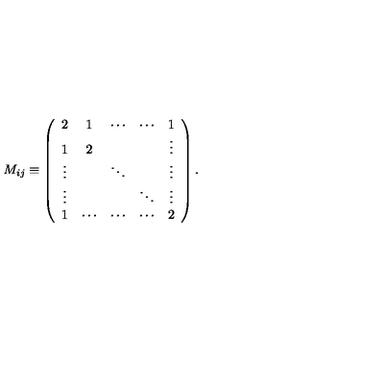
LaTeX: M _ { i j } \equiv \left( \begin{array} { c c c c c } { 2 } & { 1 } & { \cdots } & { \cdots } & { 1 } \\ { 1 } & { 2 } & { } & { } & { \vdots } \\ { \vdots } & { } & { \ddots } & { } & { \vdots } \\ { \vdots } & { } & { } & { \ddots } & { \vdots } \\ { 1 } & { \cdots } & { \cdots } & { \cdots } & { 2 } \\ \end{array} \right) .